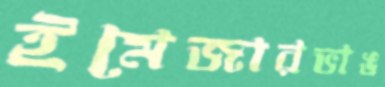
ইমেজারভাঙ